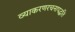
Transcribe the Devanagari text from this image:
व्याकरणरचनापद्धति